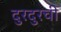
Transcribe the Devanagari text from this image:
दुरदुरची